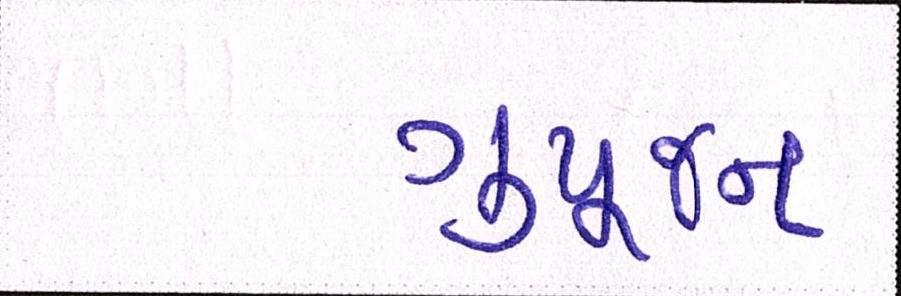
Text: ગુપૂજન